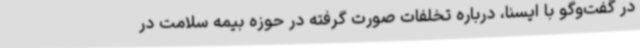
در گفت‌وگو با ایسنا، درباره تخلفات صورت گرفته در حوزه بیمه سلامت در